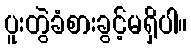
ပူးတွဲခံစားခွင့်မရှိပါ။